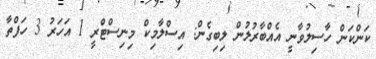
ކަންކަން ހާސިލުވާނީ އެއްބާރުލުން ލިބިގެން: އިސްލާމިކް މިނިސްޓްރީ 1 އަހަރު 3 ހަފްތާ